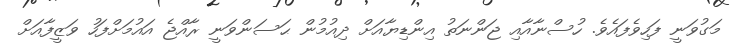
މަގުވަނީ ފަހިވެފައެވެ. ހުސްނާއާއި ޖަންނަތު އިންޑިޔާއަށް ދިއުމުން ޙަސަންވަނީ ރާއްޖެ އައުމަށްފަހު ވަޒީފާއަށް